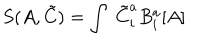
LaTeX: S ( A , { \tilde { C } } ) = \int \; { \tilde { C } } _ { i } ^ { a } B _ { i } ^ { a } [ A ]